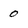
Character: 0